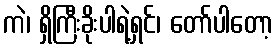
ကဲ၊ ရှိကြီးခိုးပါရဲ့ရှင်၊ တော်ပါတော့